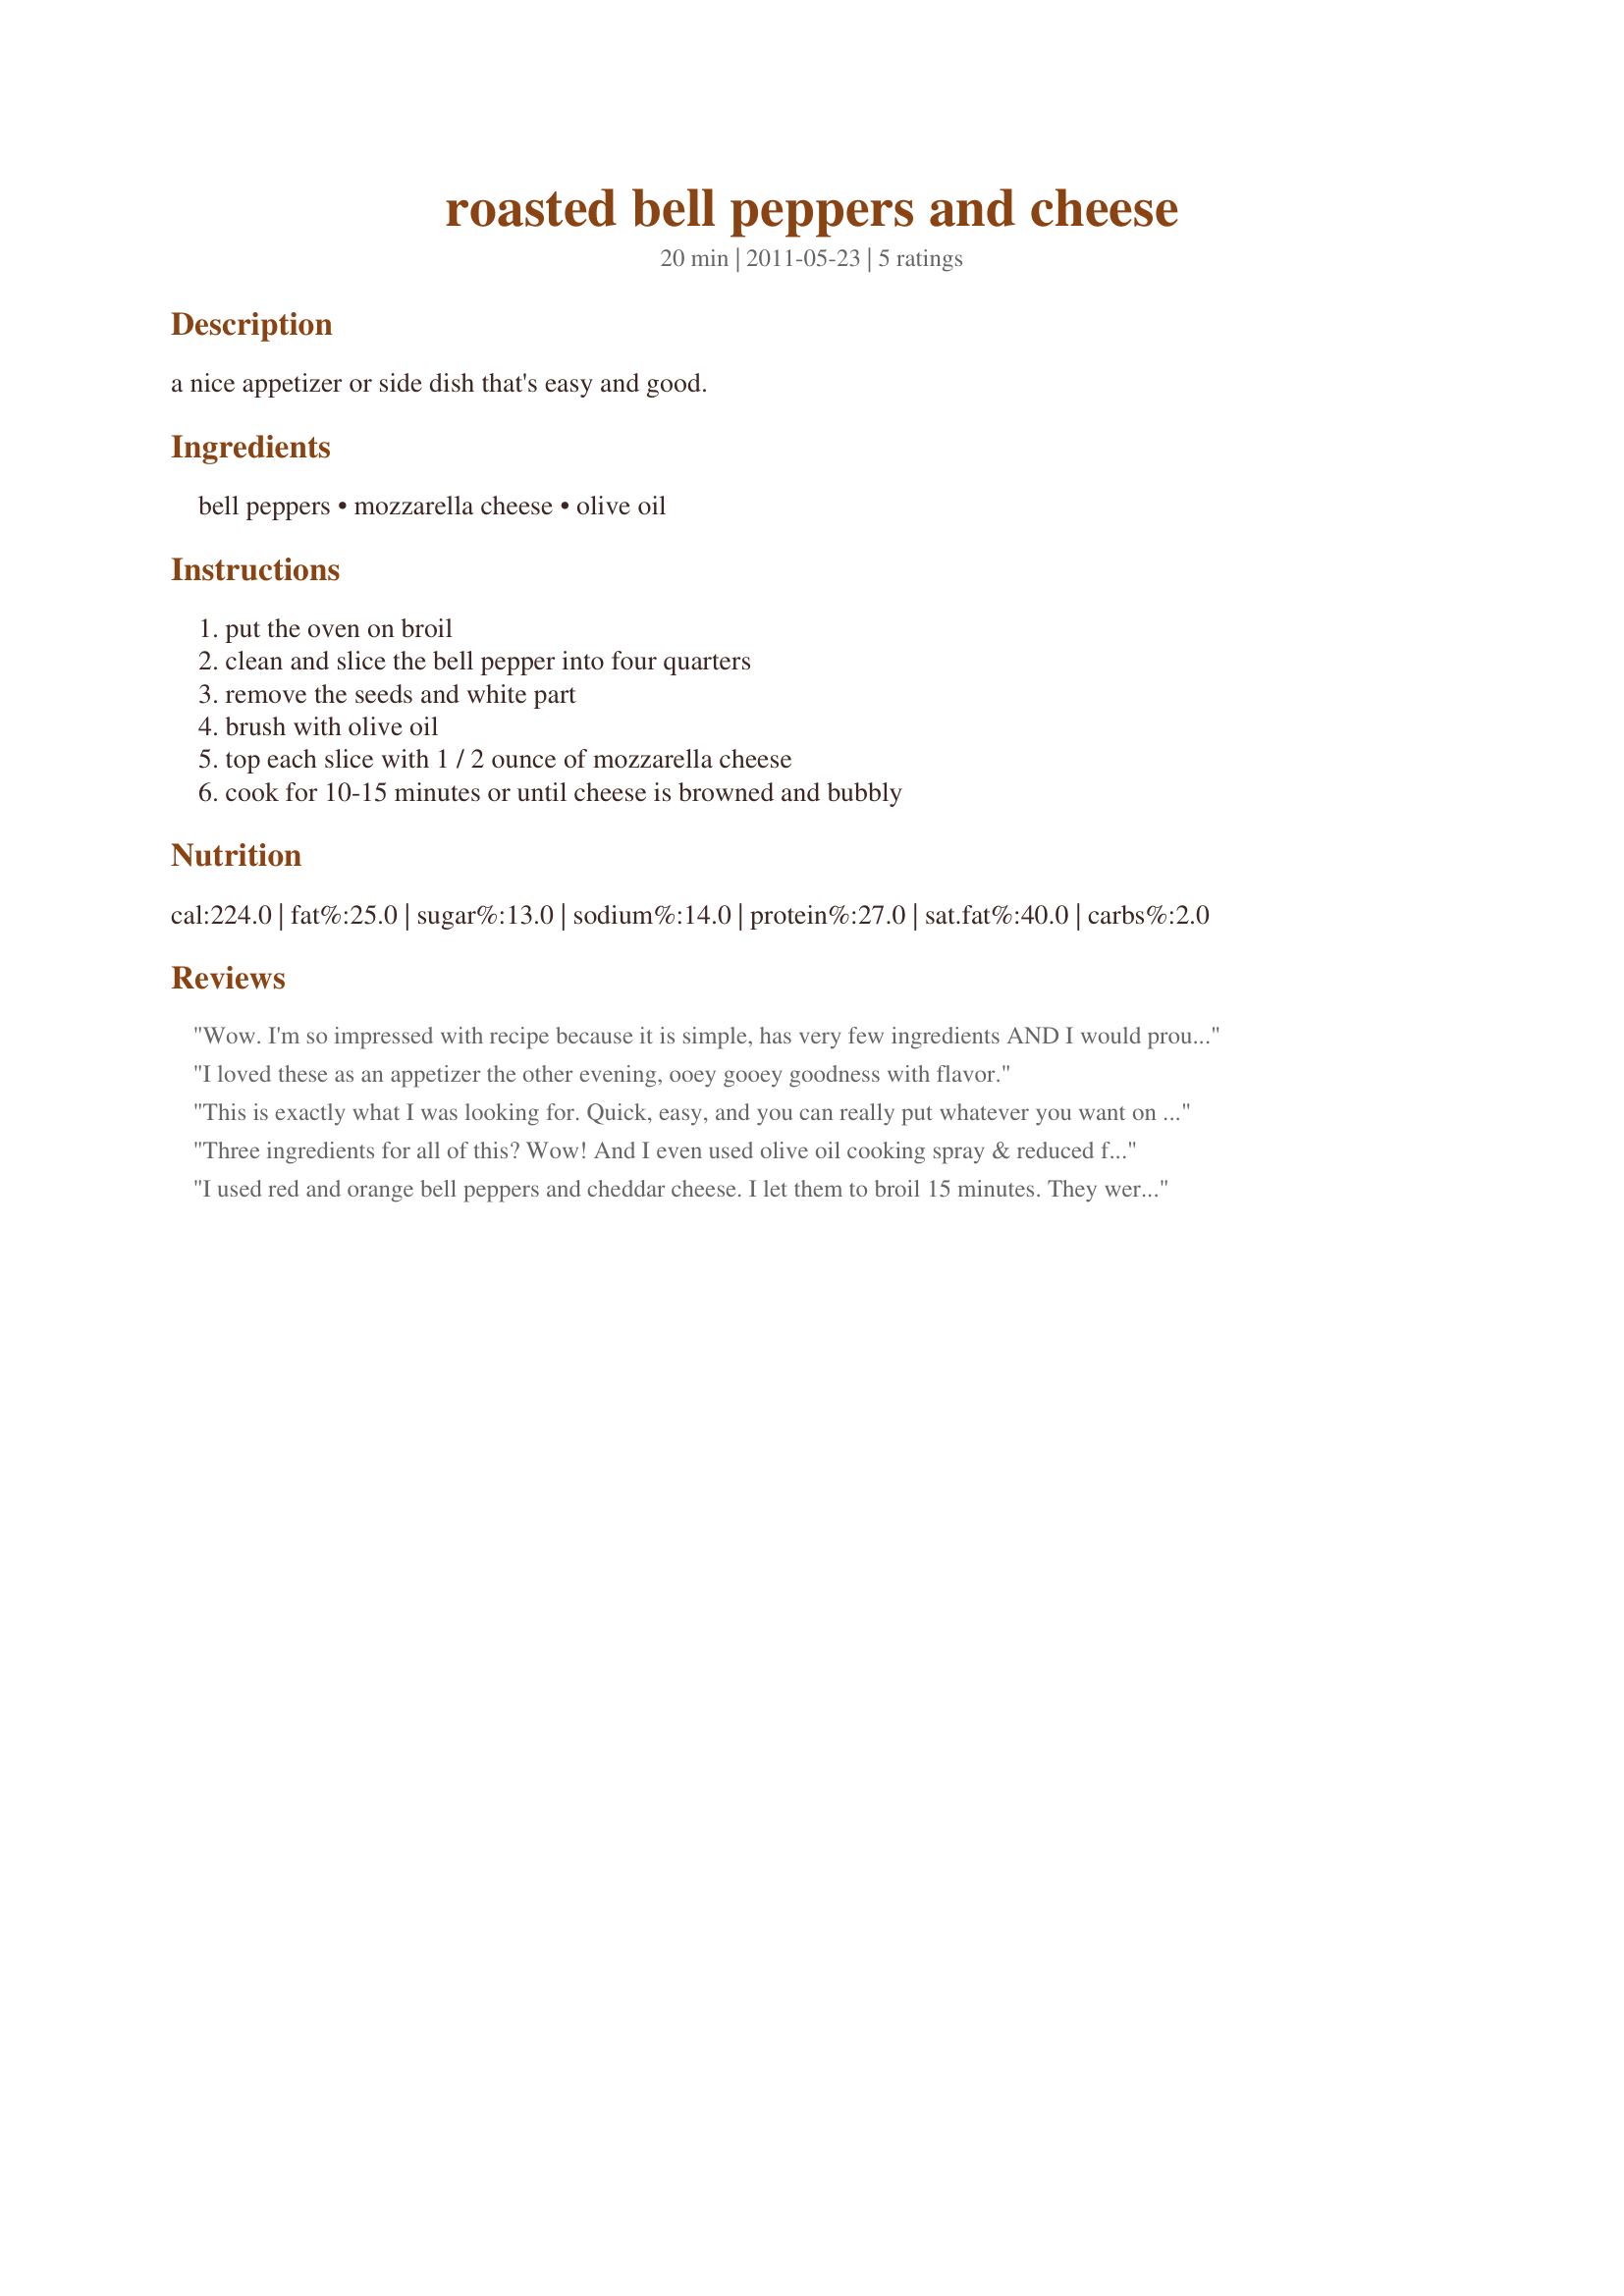
roasted bell peppers and cheese
Preparation time: 20 minutes

a nice appetizer or side dish that's easy and good.

Ingredients:
bell peppers, mozzarella cheese, olive oil

Steps:
put the oven on broil, clean and slice the bell pepper into four quarters, remove the seeds and white part, brush with olive oil, top each slice with 1 / 2 ounce of mozzarella cheese, cook for 10-15 minutes or until cheese is browned and bubbly

Reviews:
Wow. I'm so impressed with recipe because it is simple, has very few ingredients AND I would proudly serve this to guests. I scaled it down to one red pepper and ended up eating the whole thing! If serving for appetizers, I think you could even cut each pepper into 8 pieces. I'm actually going to put this into my Best of the Best file. Gratzie! Made during ZWT7 for the Golden Gourmets.
I loved these as an appetizer the other evening, ooey gooey goodness with flavor.
This is exactly what I was looking for. Quick, easy, and you can really put whatever you want on top. I used Colby jack cheese and some Parmesan, then dipped them into a little ranch dressing. Perfect snack or quick lunch.
Three ingredients for all of this? Wow! And I even used olive oil cooking spray & reduced fat cheeses. Definitely a make again recipe as the summer peppers roll in! Thank you for sharing the recipe. Made for ZWT7.
I used red and orange bell peppers and cheddar cheese. I let them to broil 15 minutes. They were so yummy. I prefered the red peppers. Thanks strawberrybird :) Made for Best of 2011 tag game
